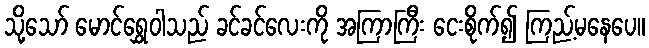
သို့သော် မောင်ရွှေဝါသည် ခင်ခင်လေးကို အကြာကြီး ငေးစိုက်၍ ကြည့်မနေပေ။